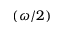
( \omega / 2 )